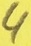
Text: 4